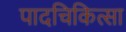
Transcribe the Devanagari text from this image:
पादचिकित्सा